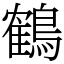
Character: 鶴